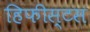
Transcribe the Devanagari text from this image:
हिफीस्टस